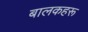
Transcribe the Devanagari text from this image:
बालकहरू